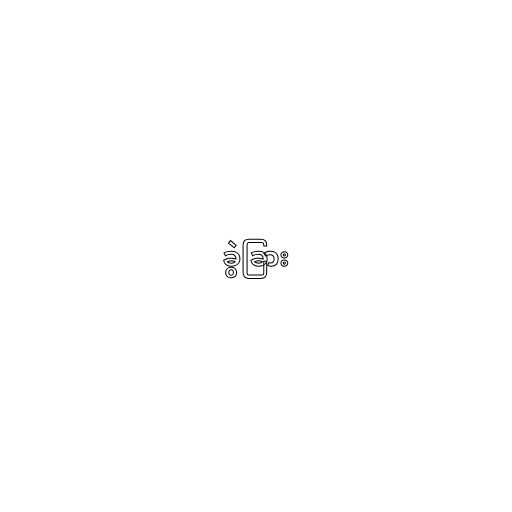
ခွဲခြား